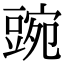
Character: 豌